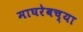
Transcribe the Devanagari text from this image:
माघरेबच्या